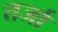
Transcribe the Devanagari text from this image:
तर्जा